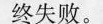
终失败。